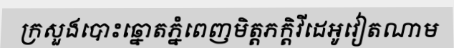
ក្រសួងបោះឆ្នោតភ្នំពេញមិត្តភក្តិវីដេអូវៀតណាម